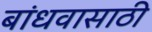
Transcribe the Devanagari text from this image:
बांधवासाठी